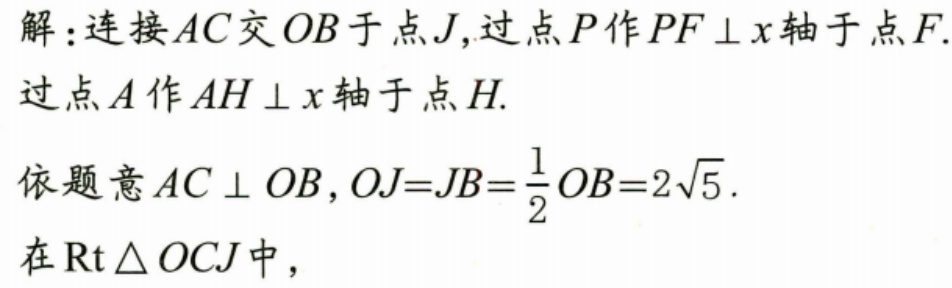
解：连接\(AC\)交\(OB\)于点\(J\)，过点\(P\)作\(PF\perp x\)轴于点\(F\).
过点\(A\)作\(AH\perp x\)轴于点\(H\).
依题意\(AC\perp OB\)，\(OJ = JB=\frac{1}{2}OB = 2\sqrt{5}\).
在\(\text{Rt}\triangle OCJ\)中，